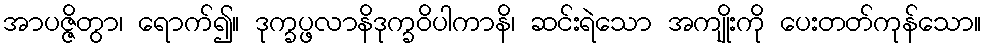
အာပဇ္ဇိတွာ၊ ရောက်၍။ ဒုက္ခပ္ဖလာနိဒုက္ခဝိပါကာနိ၊ ဆင်းရဲသော အကျိုးကို ပေးတတ်ကုန်သော။